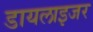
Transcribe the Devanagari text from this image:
डायलाइजर